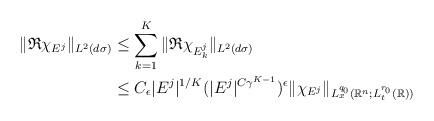
LaTeX: \begin{align*} \|\mathfrak R \chi_{E^j} \|_{L^2(d\sigma)} &\leq \sum_{k=1}^K \|\mathfrak R \chi_{E^j_k} \|_{L^2(d\sigma)} \\ &\leq C_{\epsilon} |E^j|^{1/K} (|E^j|^{C\gamma^{K-1}})^{\epsilon} \|\chi_{E^j} \|_{L_x^{q_0}(\mathbb R^n ; L_t^{r_0}(\mathbb R))} \end{align*}